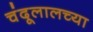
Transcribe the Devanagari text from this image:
चंदूलालच्या